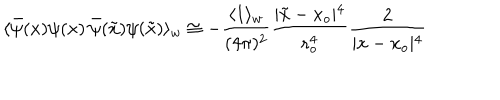
\langle \bar { \psi } ( x ) \psi ( x ) \, \bar { \psi } ( \tilde { x } ) \psi ( \tilde { x } ) \rangle _ { w } \cong - { \frac { \langle 1 \rangle _ { w } } { ( 4 \pi ) ^ { 2 } } } { \frac { \vert \tilde { x } - x _ { o } \vert ^ { 4 } } { r _ { o } ^ { 4 } } } { \frac { 2 } { \vert x - x _ { o } \vert ^ { 4 } } }